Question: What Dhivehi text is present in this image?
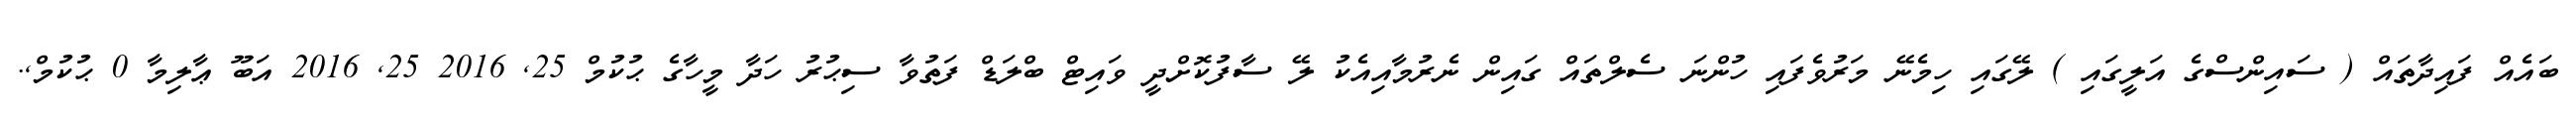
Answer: ބައެއް ފައިދާތައް ( ސައިންސްގެ އަލީގައި ) ލޭގައި ހިމެނޭ މަރުވެފައި ހުންނަ ސެލްތައް ގައިން ނެރުމާއިއެކު ލޭ ސާފުކޮށްދީ ވައިޓް ބްލަޑް ފަތުވާ ސިޙުރު ހަދާ މީހާގެ ޙުކުމް 25, 2016 25, 2016 އަބޫ ޢާލިމާ 0 ޙުކުމް,.